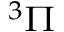
^ 3 \Pi